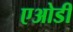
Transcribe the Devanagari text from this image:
एओडी